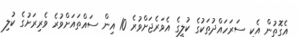
އެގޮތުން އެކި ސަރަހައްދުތަކުގެ ކުލީގެ އެވަރެޖަށްވުރެ 10 އިން ސައްތައަށްވުރެ ވެރިރަށުގެ ކުލި